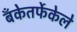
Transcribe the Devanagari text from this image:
बँकेतर्फेकेले